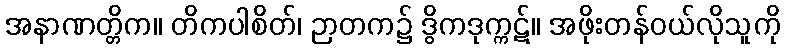
အနာဏတ္တိက။ တိကပါစိတ်၊ ဉာတက၌ ဒွိကဒုက္ကဋ်။ အဖိုးတန်ဝယ်လိုသူကို